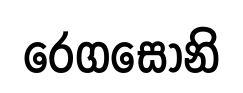
රෙගසෝනි